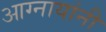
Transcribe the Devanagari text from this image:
आग्नायांनी